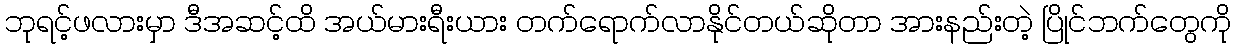
ဘုရင့်ဖလားမှာ ဒီအဆင့်ထိ အယ်မားရီးယား တက်ရောက်လာနိုင်တယ်ဆိုတာ အားနည်းတဲ့ ပြိုင်ဘက်တွေကို